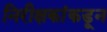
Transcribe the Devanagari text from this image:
निरीक्षकांकडून